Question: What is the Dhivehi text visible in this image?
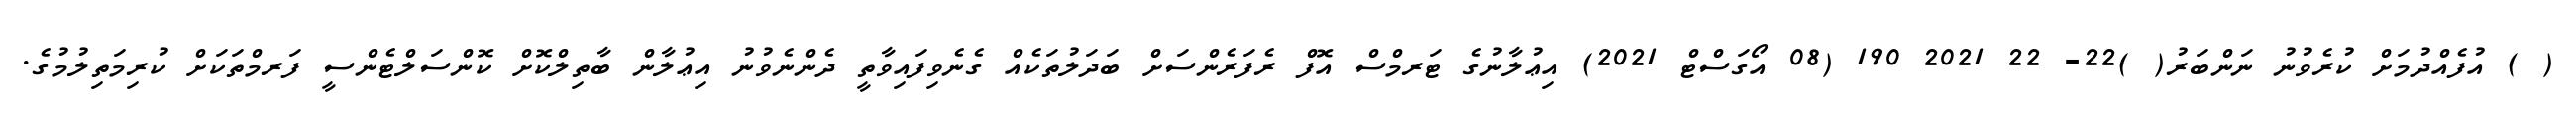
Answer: ( ) އުފެއްދުމަށް ކުރެވުނު ނަންބަރު( )22- 22 2021 190 (08 އޯގަސްޓް 2021) އިޢުލާނުގެ ޓަރމްސް އޮފް ރެފަރެންސަށް ބަދަލުތަކެއް ގެނެވިފައިވާތީ ދެންނެވުނު އިޢުލާން ބާތިލްކޮށް ކޮންސަލްޓެންސީ ފަރމްތަކަށް ކުރިމަތިލުމުގެ.